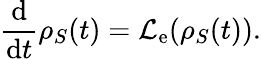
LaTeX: \frac{\mathrm{d}}{\mathrm{d}t}{\rho}_{S}(t)=\mathcal{L}_{\mathrm{e}}({\rho}_{S}(t)).